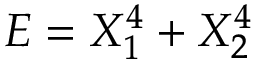
E = X _ { 1 } ^ { 4 } + X _ { 2 } ^ { 4 }